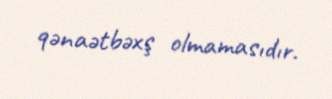
qənaətbəxş olmamasıdır.